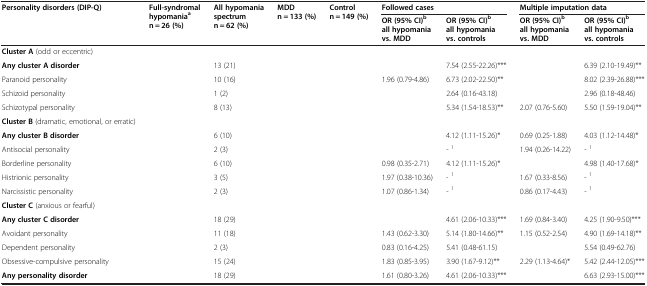
<table><thead><tr><td rowspan="2"><b>Personality disorders (DIP-Q)</b></td><td rowspan="2"><b>Full-syndromal hypomania<sup>a </sup>n = 26 (%)</b></td><td rowspan="2"><b>All hypomania spectrum n = 62 (%)</b></td><td rowspan="2"><b>MDD n = 133 (%)</b></td><td rowspan="2"><b>Control n = 149 (%)</b></td><td colspan="2"><b>Followed cases</b></td><td colspan="2"><b>Multiple imputation data</b></td></tr><tr><td><b>OR (95% CI)<sup>b </sup>all hypomania vs. MDD</b></td><td><b>OR (95% CI)<sup>b </sup>all hypomania vs. controls</b></td><td><b>OR (95% CI)<sup>b </sup>all hypomania vs. MDD</b></td><td><b>OR (95% CI)<sup>b </sup>all hypomania vs. controls</b></td></tr></thead><tbody><tr><td><b>Cluster A</b> (odd or eccentric)</td><td>[EMPTY_CELL]</td><td>[EMPTY_CELL]</td><td>[EMPTY_CELL]</td><td>[EMPTY_CELL]</td><td>[EMPTY_CELL]</td><td>[EMPTY_CELL]</td><td>[EMPTY_CELL]</td><td>[EMPTY_CELL]</td></tr><tr><td><b>Any cluster A disorder</b></td><td>[EMPTY_CELL]</td><td>13 (21)</td><td>[EMPTY_CELL]</td><td>[EMPTY_CELL]</td><td>[EMPTY_CELL]</td><td>7.54 (2.55-22.26)***</td><td>[EMPTY_CELL]</td><td>6.39 (2.10-19.49)**</td></tr><tr><td>Paranoid personality</td><td>[EMPTY_CELL]</td><td>10 (16)</td><td>[EMPTY_CELL]</td><td>[EMPTY_CELL]</td><td>1.96 (0.79-4.86)</td><td>6.73 (2.02-22.50)**</td><td>[EMPTY_CELL]</td><td>8.02 (2.39-26.88)***</td></tr><tr><td>Schizoid personality</td><td>[EMPTY_CELL]</td><td>1 (2)</td><td>[EMPTY_CELL]</td><td>[EMPTY_CELL]</td><td>[EMPTY_CELL]</td><td>2.64 (0.16-43.18)</td><td>[EMPTY_CELL]</td><td>2.96 (0.18-48.46)</td></tr><tr><td>Schizotypal personality</td><td>[EMPTY_CELL]</td><td>8 (13)</td><td>[EMPTY_CELL]</td><td>[EMPTY_CELL]</td><td>[EMPTY_CELL]</td><td>5.34 (1.54-18.53)**</td><td>2.07 (0.76-5.60)</td><td>5.50 (1.59-19.04)**</td></tr><tr><td><b>Cluster B</b> (dramatic, emotional, or erratic)</td><td>[EMPTY_CELL]</td><td>[EMPTY_CELL]</td><td>[EMPTY_CELL]</td><td>[EMPTY_CELL]</td><td>[EMPTY_CELL]</td><td>[EMPTY_CELL]</td><td>[EMPTY_CELL]</td><td>[EMPTY_CELL]</td></tr><tr><td><b>Any cluster B disorder</b></td><td>[EMPTY_CELL]</td><td>6 (10)</td><td>[EMPTY_CELL]</td><td>[EMPTY_CELL]</td><td>[EMPTY_CELL]</td><td>4.12 (1.11-15.26)*</td><td>0.69 (0.25-1.88)</td><td>4.03 (1.12-14.48)*</td></tr><tr><td>Antisocial personality</td><td>[EMPTY_CELL]</td><td>2 (3)</td><td>[EMPTY_CELL]</td><td>[EMPTY_CELL]</td><td>[EMPTY_CELL]</td><td>- <sup>1</sup></td><td>1.94 (0.26-14.22)</td><td>- <sup>1</sup></td></tr><tr><td>Borderline personality</td><td>[EMPTY_CELL]</td><td>6 (10)</td><td>[EMPTY_CELL]</td><td>[EMPTY_CELL]</td><td>0.98 (0.35-2.71)</td><td>4.12 (1.11-15.26)*</td><td>[EMPTY_CELL]</td><td>4.98 (1.40-17.68)*</td></tr><tr><td>Histrionic personality</td><td>[EMPTY_CELL]</td><td>3 (5)</td><td>[EMPTY_CELL]</td><td>[EMPTY_CELL]</td><td>1.97 (0.38-10.36)</td><td>- <sup>1</sup></td><td>1.67 (0.33-8.56)</td><td>- <sup>1</sup></td></tr><tr><td>Narcissistic personality</td><td>[EMPTY_CELL]</td><td>2 (3)</td><td>[EMPTY_CELL]</td><td>[EMPTY_CELL]</td><td>1.07 (0.86-1.34)</td><td>- <sup>1</sup></td><td>0.86 (0.17-4.43)</td><td>- <sup>1</sup></td></tr><tr><td><b>Cluster C</b> (anxious or fearful)</td><td>[EMPTY_CELL]</td><td>[EMPTY_CELL]</td><td>[EMPTY_CELL]</td><td>[EMPTY_CELL]</td><td>[EMPTY_CELL]</td><td>[EMPTY_CELL]</td><td>[EMPTY_CELL]</td><td>[EMPTY_CELL]</td></tr><tr><td><b>Any cluster C disorder</b></td><td>[EMPTY_CELL]</td><td>18 (29)</td><td>[EMPTY_CELL]</td><td>[EMPTY_CELL]</td><td>[EMPTY_CELL]</td><td>4.61 (2.06-10.33)***</td><td>1.69 (0.84-3.40)</td><td>4.25 (1.90-9.50)***</td></tr><tr><td>Avoidant personality</td><td>[EMPTY_CELL]</td><td>11 (18)</td><td>[EMPTY_CELL]</td><td>[EMPTY_CELL]</td><td>1.43 (0.62-3.30)</td><td>5.14 (1.80-14.66)**</td><td>1.15 (0.52-2.54)</td><td>4.90 (1.69-14.18)**</td></tr><tr><td>Dependent personality</td><td>[EMPTY_CELL]</td><td>2 (3)</td><td>[EMPTY_CELL]</td><td>[EMPTY_CELL]</td><td>0.83 (0.16-4.25)</td><td>5.41 (0.48-61.15)</td><td>[EMPTY_CELL]</td><td>5.54 (0.49-62.76)</td></tr><tr><td>Obsessive-compulsive personality</td><td>[EMPTY_CELL]</td><td>15 (24)</td><td>[EMPTY_CELL]</td><td>[EMPTY_CELL]</td><td>1.83 (0.85-3.95)</td><td>3.90 (1.67-9.12)**</td><td>2.29 (1.13-4.64)*</td><td>5.42 (2.44-12.05)***</td></tr><tr><td><b>Any personality disorder</b></td><td>[EMPTY_CELL]</td><td>18 (29)</td><td>[EMPTY_CELL]</td><td>[EMPTY_CELL]</td><td>1.61 (0.80-3.26)</td><td>4.61 (2.06-10.33)***</td><td>[EMPTY_CELL]</td><td>6.63 (2.93-15.00)***</td></tr></tbody></table>